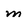
Character: m